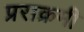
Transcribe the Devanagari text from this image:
प्रराक्रमी